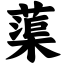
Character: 蕖